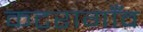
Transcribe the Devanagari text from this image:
कटरागाँव